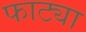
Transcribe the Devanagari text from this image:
फाट्या